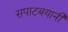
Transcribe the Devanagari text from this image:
सपाटबयानी